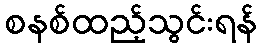
စနစ်ထည့်သွင်းရန်